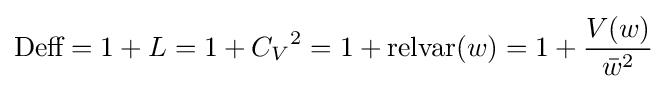
{\text{Deff}}=1+L=1+{C_{V}}^{2}=1+{\text{relvar}}(w)=1+{\frac {V(w)}{{\bar {w}}^{2}}}